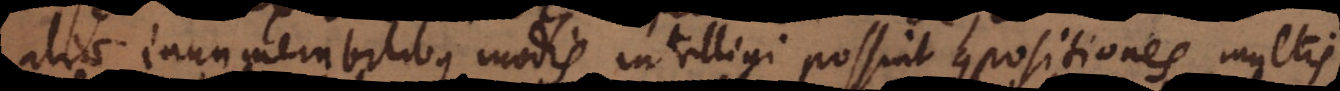
aliae innumerabilibus modis intelligi possint compositiones, multis